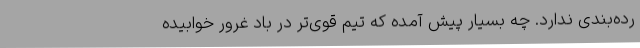
رده‌بندی ندارد. چه بسیار پیش آمده که تیم قوی‌تر در باد غرور خوابیده